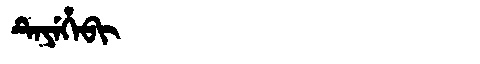
Manchu: ᡨᡝᠶᡝᡥᡝᠪᡳ
Romanization: TEYEHEBI